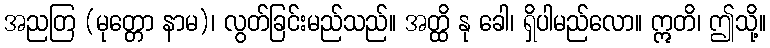
အညတြ (မုတ္တော နာမ)၊ လွတ်ခြင်းမည်သည်။ အတ္ထိ နု ခေါ၊ ရှိပါမည်လော။ ဣတိ၊ ဤသို့။